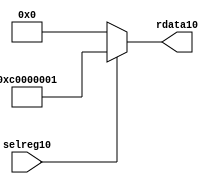
//File10 name   : smc_cfreg_lite10.v
//Title10       : 
//Created10     : 1999
//Description10 : Single10 instance of a config register
//Notes10       : 
//----------------------------------------------------------------------
//   Copyright10 1999-2010 Cadence10 Design10 Systems10, Inc10.
//   All Rights10 Reserved10 Worldwide10
//
//   Licensed10 under the Apache10 License10, Version10 2.0 (the
//   "License10"); you may not use this file except10 in
//   compliance10 with the License10.  You may obtain10 a copy of
//   the License10 at
//
//       http10://www10.apache10.org10/licenses10/LICENSE10-2.0
//
//   Unless10 required10 by applicable10 law10 or agreed10 to in
//   writing, software10 distributed10 under the License10 is
//   distributed10 on an "AS10 IS10" BASIS10, WITHOUT10 WARRANTIES10 OR10
//   CONDITIONS10 OF10 ANY10 KIND10, either10 express10 or implied10.  See
//   the License10 for the specific10 language10 governing10
//   permissions10 and limitations10 under the License10.
//----------------------------------------------------------------------



module smc_cfreg_lite10 (
  // inputs10
  selreg10,

  // outputs10
  rdata10
);


// Inputs10
input         selreg10;               // select10 the register for read/write access

// Outputs10
output [31:0] rdata10;                 // Read data

wire   [31:0] smc_config10;
wire   [31:0] rdata10;


assign rdata10 = ( selreg10 ) ? smc_config10 : 32'b0;
assign smc_config10 =  {1'b1,1'b1,8'h00, 2'b00, 2'b00, 2'b00, 2'b00,2'b00,2'b00,2'b00,8'h01};




endmodule // smc_cfreg10